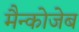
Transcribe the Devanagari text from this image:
मैन्कोजेब